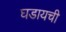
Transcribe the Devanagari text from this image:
घडायची